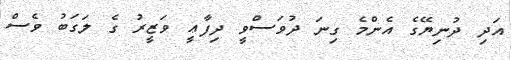
އަދި ދުނިޔޭގެ އެންމެ ގިނަ ދުވަސްވީ ދިފާޢީ ވަޒީރު ގެ ލަގަބު ވެސް